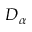
D _ { \alpha }